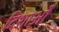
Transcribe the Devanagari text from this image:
दिशाओँ